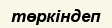
төркіндеп